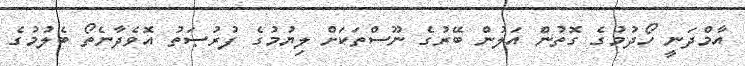
އާމްދަނީ ހޯދުމުގެ ގޮތުން އަލުން ބޭރުގެ ނޫސްތަކަށް ލިޔުމުގެ ފުރުޞަތު އޮވެދާނެތޯ ބެލުމުގެ